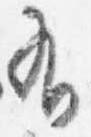
有